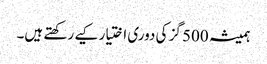
ہمیشہ 500 گز کی دوری اختیار کیے رکھتے ہیں۔